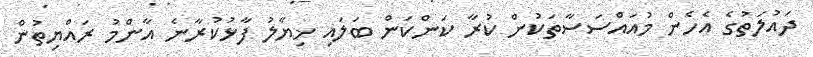
ދައުލަތުގެ އެހެން މުއައްސަސާތަކުން ކުރާ ކަންކަން ބަލައި ޚިޔާލު ފާޅުކުރާނެ އާންމު ރައްޔިތުން